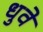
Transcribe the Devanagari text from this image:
धुवे